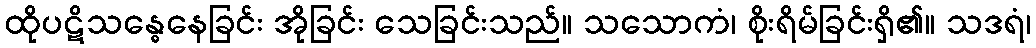
ထိုပဋိသန္ဓေနေခြင်း အိုခြင်း သေခြင်းသည်။ သသောကံ၊ စိုးရိမ်ခြင်းရှိ၏။ သဒရံ၊